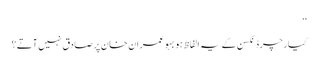
‘‘
کیارچرڈ نکسن کے یہ الفاظ ہوبہو عمران خان پر صادق نہیں آتے؟